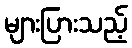
များပြားသည့်